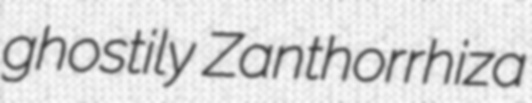
ghostily Zanthorrhiza